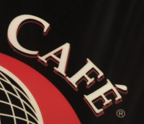
CAFE